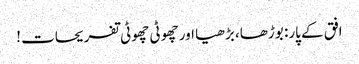
افق کے پار: بوڑھا، بڑھیا اور چھوٹی چھوٹی تفریحات !